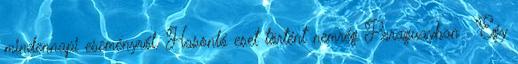
mindennapi eseményről. Hasonló eset történt nemrég Paraguayban . Egy